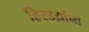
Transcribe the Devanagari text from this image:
हिरडय़ांना